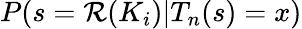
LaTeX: P(s=\mathcal{R}(K_{i})|T_{n}(s)=x)